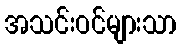
အသင်းဝင်များသာ